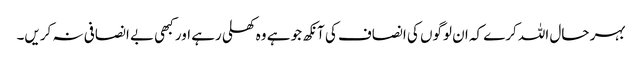
بہر حال اللہ کرے کہ ان لوگوں کی انصاف کی آنکھ جو ہے وہ کھلی رہے اور کبھی بے انصافی نہ کریں۔